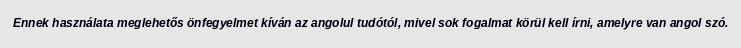
Ennek használata meglehetős önfegyelmet kíván az angolul tudótól, mivel sok fogalmat körül kell írni, amelyre van angol szó.